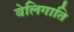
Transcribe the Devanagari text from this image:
बेलिगाति